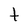
Character: t